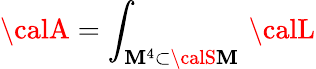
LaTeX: {\calA}=\int_{{\cal\mathbf{M}}^{4}\subset{\calS\mathbf{M}}}\, {\calL}